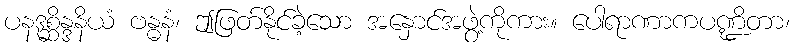
ပနဒုစ္ဆိန္ဒနိယံ ဗန္ဓနံ၊ ဤဖြတ်နိုင်ခဲ့သော အနှောင်အဖွဲ့ကိုကား။ ပေါရာဏာကပဏ္ဍိတာ၊